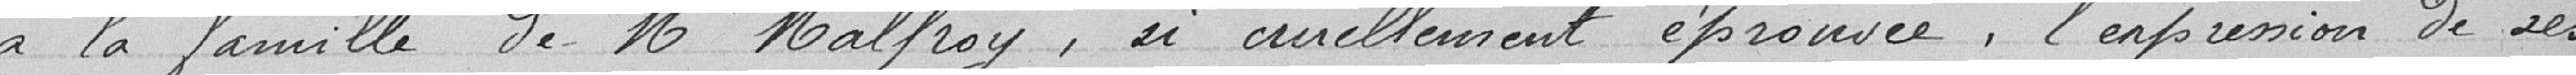
à la famille de Mr Malfroy, si cruellement éprouvé, l’expression de ses